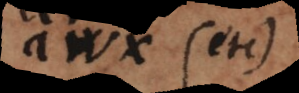
awx (etc.)